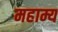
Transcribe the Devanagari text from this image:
महाम्य